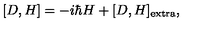
[ D , H ] = - i \hbar H + [ D , H ] _ { \mathrm { e x t r a } } ,